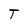
Character: T